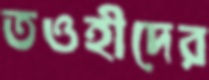
তওহীদের